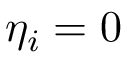
\eta _ { i } = 0